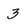
Character: 3